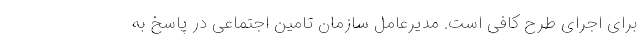
برای اجرای طرح کافی است. مدیرعامل سازمان تامین اجتماعی در پاسخ به